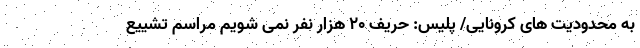
به محدودیت های کرونایی/ پلیس: حریف 20 هزار نفر نمی شویم مراسم تشییع